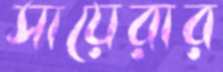
সায়েরার